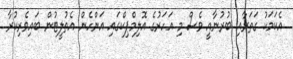
އެކަމަކު ގަތަރާއި ބުރުނާއީ ވެސް މި އަހަރުގެ އޮލިމްޕިކްގައި އަންހެން އެތުލީޓުން ބައިވެރިކުރާ